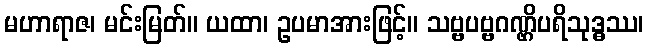
မဟာရာဇ၊ မင်းမြတ်။ ယထာ၊ ဥပမာအားဖြင့်။ သဗ္ဗပဗ္ဗဂဏ္ဌိပရိသုဒ္ဓဿ၊